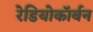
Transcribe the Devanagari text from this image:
रेडियोकॉर्बन